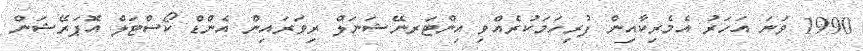
1990 ވަނަ އަހަރު އެމެރިކާއިން ފުރިހަމަކުރެއްވި އިންޓަރނޭޝަނަލް ރިވަރައިން އެންޑް ކޯސްޓަލް އޮޕަރޭޝަން